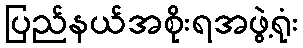
ပြည်နယ်အစိုးရအဖွဲ့ရုံး